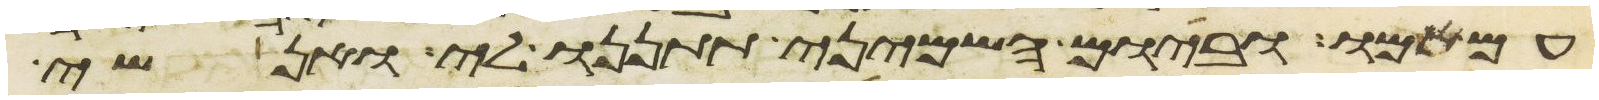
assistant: עם אמו וביום השמיני תתננו לי ואנשי